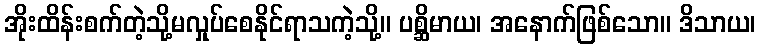
အိုးထိန်းစက်တဲ့သို့မလှုပ်စေနိုင်ရာသကဲ့သို့။ ပစ္ဆိမာယ၊ အနောက်ဖြစ်သော။ ဒိသာယ၊